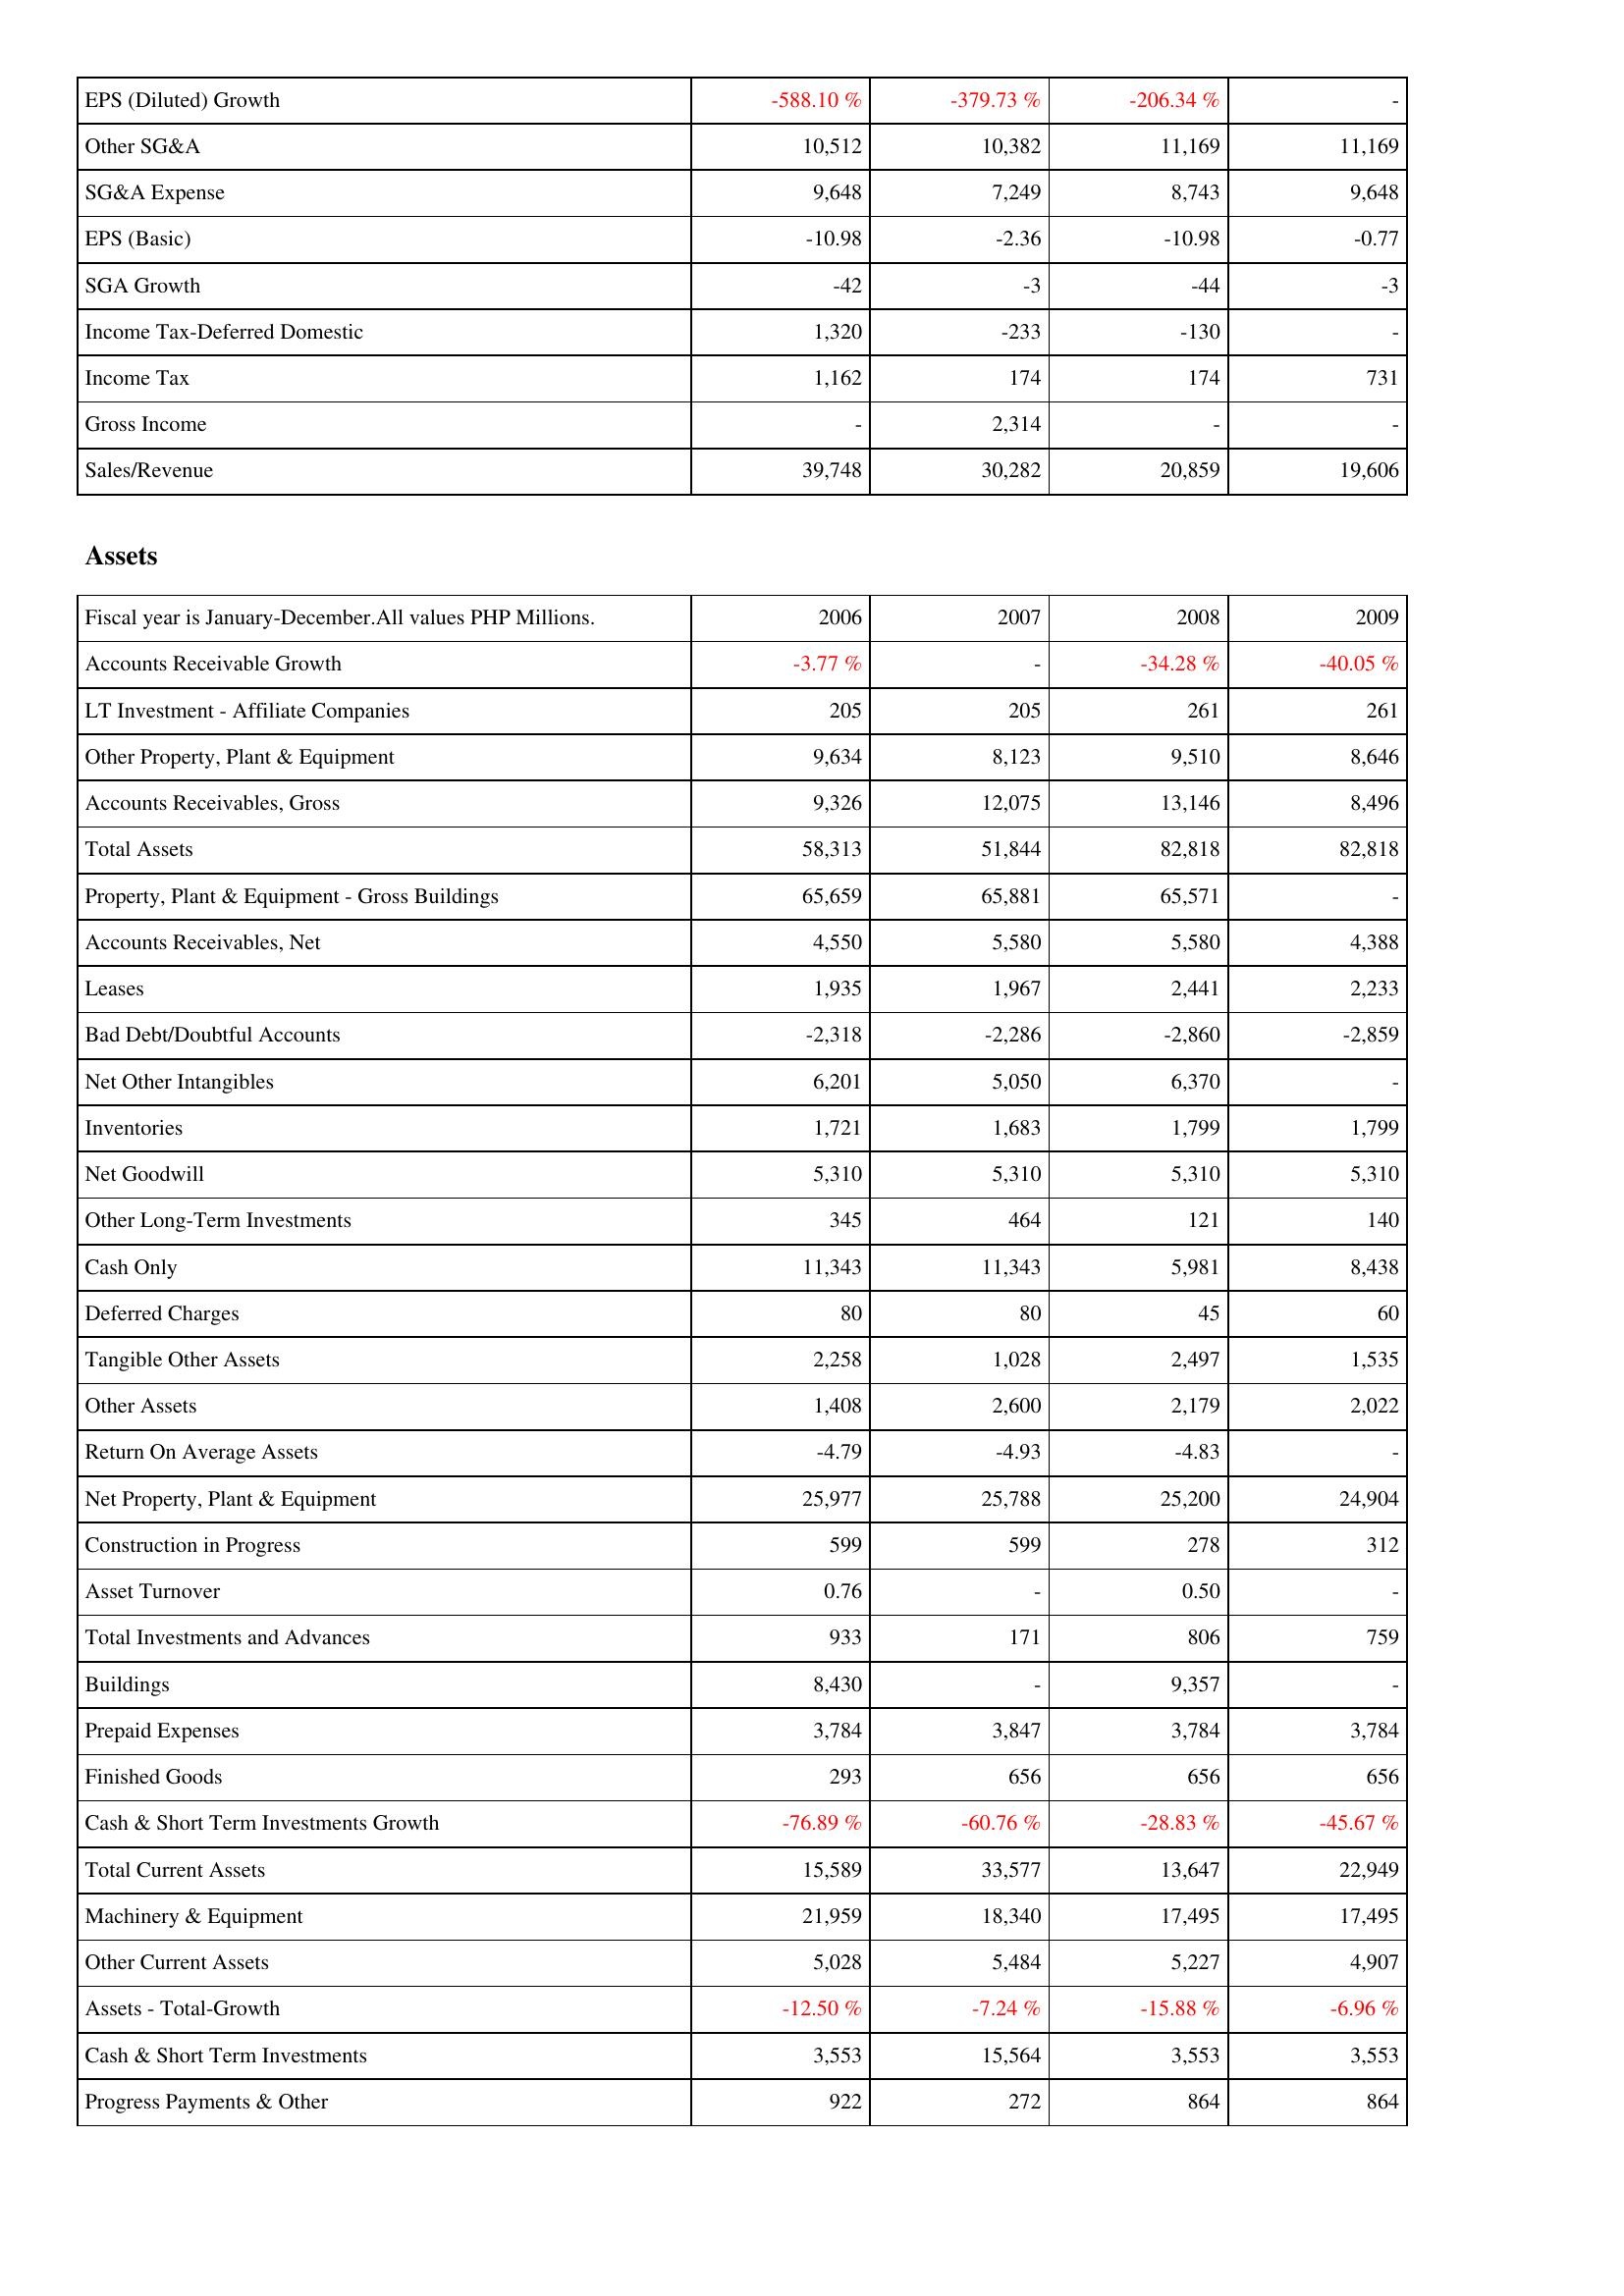
2006: Income Statement: EPS (Diluted) Growth: -588.10 %
Other SG&A: 10,512
SG&A Expense: 9,648
EPS (Basic): -10.98
SGA Growth: -42
Income Tax-Deferred Domestic: 1,320
Income Tax: 1,162
Gross Income: -
Sales/Revenue: 39,748
Assets: Accounts Receivable Growth: -3.77 %
LT Investment - Affiliate Companies: 205
Other Property, Plant & Equipment: 9,634
Accounts Receivables, Gross: 9,326
Total Assets: 58,313
Property, Plant & Equipment - Gross Buildings: 65,659
Accounts Receivables, Net: 4,550
Leases: 1,935
Bad Debt/Doubtful Accounts: -2,318
Net Other Intangibles: 6,201
Inventories: 1,721
Net Goodwill: 5,310
Other Long-Term Investments: 345
Cash Only: 11,343
Deferred Charges: 80
Tangible Other Assets: 2,258
Other Assets: 1,408
Return On Average Assets: -4.79
Net Property, Plant & Equipment: 25,977
Construction in Progress: 599
Asset Turnover: 0.76
Total Investments and Advances: 933
Buildings: 8,430
Prepaid Expenses: 3,784
Finished Goods: 293
Cash & Short Term Investments Growth: -76.89 %
Total Current Assets: 15,589
Machinery & Equipment: 21,959
Other Current Assets: 5,028
Assets - Total-Growth: -12.50 %
Cash & Short Term Investments: 3,553
Progress Payments & Other: 922
2007: Income Statement: EPS (Diluted) Growth: -379.73 %
Other SG&A: 10,382
SG&A Expense: 7,249
EPS (Basic): -2.36
SGA Growth: -3
Income Tax-Deferred Domestic: -233
Income Tax: 174
Gross Income: 2,314
Sales/Revenue: 30,282
Assets: Accounts Receivable Growth: -
LT Investment - Affiliate Companies: 205
Other Property, Plant & Equipment: 8,123
Accounts Receivables, Gross: 12,075
Total Assets: 51,844
Property, Plant & Equipment - Gross Buildings: 65,881
Accounts Receivables, Net: 5,580
Leases: 1,967
Bad Debt/Doubtful Accounts: -2,286
Net Other Intangibles: 5,050
Inventories: 1,683
Net Goodwill: 5,310
Other Long-Term Investments: 464
Cash Only: 11,343
Deferred Charges: 80
Tangible Other Assets: 1,028
Other Assets: 2,600
Return On Average Assets: -4.93
Net Property, Plant & Equipment: 25,788
Construction in Progress: 599
Asset Turnover: -
Total Investments and Advances: 171
Buildings: -
Prepaid Expenses: 3,847
Finished Goods: 656
Cash & Short Term Investments Growth: -60.76 %
Total Current Assets: 33,577
Machinery & Equipment: 18,340
Other Current Assets: 5,484
Assets - Total-Growth: -7.24 %
Cash & Short Term Investments: 15,564
Progress Payments & Other: 272
2008: Income Statement: EPS (Diluted) Growth: -206.34 %
Other SG&A: 11,169
SG&A Expense: 8,743
EPS (Basic): -10.98
SGA Growth: -44
Income Tax-Deferred Domestic: -130
Income Tax: 174
Gross Income: -
Sales/Revenue: 20,859
Assets: Accounts Receivable Growth: -34.28 %
LT Investment - Affiliate Companies: 261
Other Property, Plant & Equipment: 9,510
Accounts Receivables, Gross: 13,146
Total Assets: 82,818
Property, Plant & Equipment - Gross Buildings: 65,571
Accounts Receivables, Net: 5,580
Leases: 2,441
Bad Debt/Doubtful Accounts: -2,860
Net Other Intangibles: 6,370
Inventories: 1,799
Net Goodwill: 5,310
Other Long-Term Investments: 121
Cash Only: 5,981
Deferred Charges: 45
Tangible Other Assets: 2,497
Other Assets: 2,179
Return On Average Assets: -4.83
Net Property, Plant & Equipment: 25,200
Construction in Progress: 278
Asset Turnover: 0.50
Total Investments and Advances: 806
Buildings: 9,357
Prepaid Expenses: 3,784
Finished Goods: 656
Cash & Short Term Investments Growth: -28.83 %
Total Current Assets: 13,647
Machinery & Equipment: 17,495
Other Current Assets: 5,227
Assets - Total-Growth: -15.88 %
Cash & Short Term Investments: 3,553
Progress Payments & Other: 864
2009: Income Statement: EPS (Diluted) Growth: -
Other SG&A: 11,169
SG&A Expense: 9,648
EPS (Basic): -0.77
SGA Growth: -3
Income Tax-Deferred Domestic: -
Income Tax: 731
Gross Income: -
Sales/Revenue: 19,606
Assets: Accounts Receivable Growth: -40.05 %
LT Investment - Affiliate Companies: 261
Other Property, Plant & Equipment: 8,646
Accounts Receivables, Gross: 8,496
Total Assets: 82,818
Property, Plant & Equipment - Gross Buildings: -
Accounts Receivables, Net: 4,388
Leases: 2,233
Bad Debt/Doubtful Accounts: -2,859
Net Other Intangibles: -
Inventories: 1,799
Net Goodwill: 5,310
Other Long-Term Investments: 140
Cash Only: 8,438
Deferred Charges: 60
Tangible Other Assets: 1,535
Other Assets: 2,022
Return On Average Assets: -
Net Property, Plant & Equipment: 24,904
Construction in Progress: 312
Asset Turnover: -
Total Investments and Advances: 759
Buildings: -
Prepaid Expenses: 3,784
Finished Goods: 656
Cash & Short Term Investments Growth: -45.67 %
Total Current Assets: 22,949
Machinery & Equipment: 17,495
Other Current Assets: 4,907
Assets - Total-Growth: -6.96 %
Cash & Short Term Investments: 3,553
Progress Payments & Other: 864